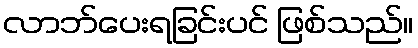
လာဘ်ပေးရခြင်းပင် ဖြစ်သည်။